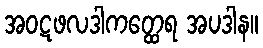
အဝဋဖလဒါကတ္ထေရ အပဒါန။